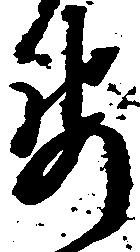
要